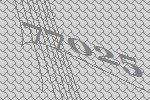
77025